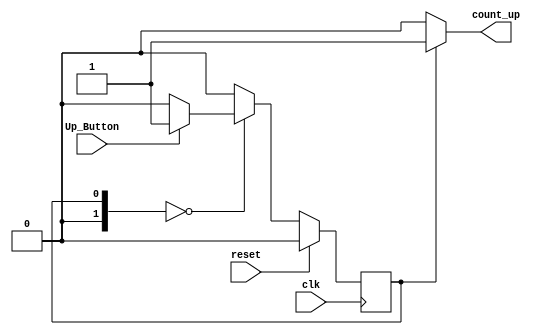
`timescale 1ns / 1ps
//////////////////////////////////////////////////////////////////////////////////
// Company: 
// Engineer: 
// 
// Design Name: 
// Module Name: Deposit
// Project Name: 
// Target Devices: 
// Tool Versions: 
// Description: 
// 
// Dependencies: 
// 
// Revision:
// Revision 0.01 - File Created
// Additional Comments:
// 
//////////////////////////////////////////////////////////////////////////////////


module Deposit(

input clk,
input reset,
input Up_Button,//deposit money
output count_up);//triggers increment signal

localparam S00 = 0, FLAG = 1; 
reg [1:0] current_state = 0; // Current State
reg [1:0] next_state = 0; // Next State
reg set_flag = 1; // Flag for when to count

//--------------------------------------------------------------------------------------------
// Next state sequential logic
//--------------------------------------------------------------------------------------------
always @(posedge clk) begin
    if (reset) current_state <= S00;
    else current_state <= next_state;
end
//--------------------------------------------------------------------------------------------
// Next state combinational logic
//--------------------------------------------------------------------------------------------
always @(current_state, Up_Button)// 
begin
    case(current_state)
        S00: begin
            if (Up_Button)
                next_state = FLAG;
            else
                next_state = S00;
        end
        FLAG: begin
            next_state = S00;
        end
        default: begin // Implied-latch free implementation
            next_state = S00;
        end
endcase
end

//--------------------------------------------------------------------------------------------
// Combinational output logic for each state
//--------------------------------------------------------------------------------------------
always @(current_state) begin
    case (current_state)
        S00: begin
        set_flag = 0;
    end
        FLAG: begin
        set_flag = 1;
    end
    default: begin
        set_flag = 0;
    end
endcase
end
//--------------------------------------------------------------------------------------------
// Output assignment
//--------------------------------------------------------------------------------------------
assign count_up = set_flag;
endmodule